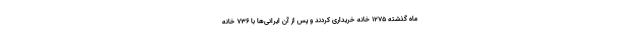
ماه گذشته 1275 خانه خریداری کردند و پس از آن ایرانی‌ها با 736 خانه